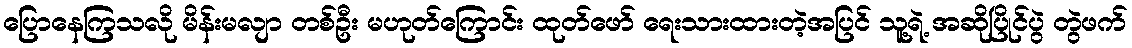
ပြောနေကြသလို မိန်းမလျာ တစ်ဦး မဟုတ်ကြောင်း ထုတ်ဖော် ရေးသားထားတဲ့အပြင် သူ့ရဲ့ အဆိုပြိုင်ပွဲ တွဲဖက်